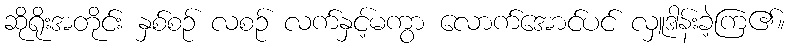
ဆိုရိုးအတိုင်း နှစ်စဉ် လစဉ် လက်နှင့်မကွာ လောက်အောင်ပင် လှူဒါန်းခဲ့ကြ၏။